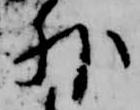
外